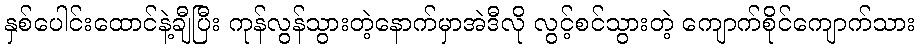
နှစ်ပေါင်းထောင်နဲ့ချီပြီး ကုန်လွန်သွားတဲ့နောက်မှာအဲဒီလို လွင့်စင်သွားတဲ့ ကျောက်စိုင်ကျောက်သား